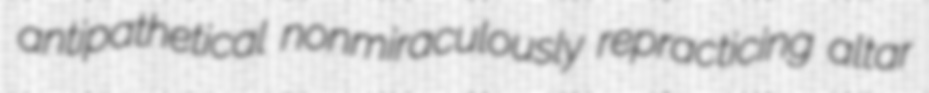
antipathetical nonmiraculously repracticing altar